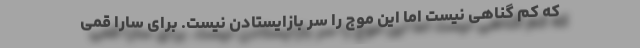
که کم گناهی نیست اما این موج را سر بازایستادن نیست. برای سارا قمی